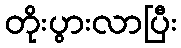
တိုးပွားလာပြီး